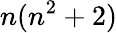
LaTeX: n(n^{2}+2)